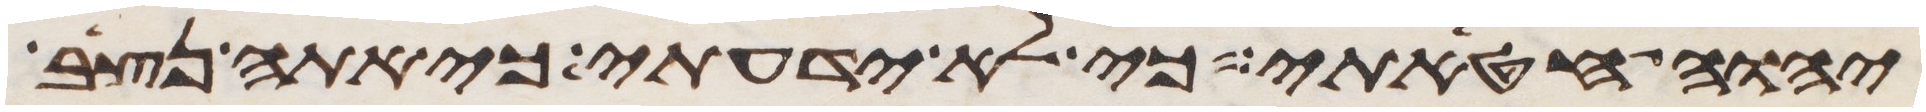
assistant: יהוה חטאתי כי לא ידעתי כי אתה נצב